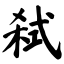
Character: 弑